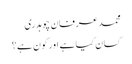
محمد عرفان چوہدری
کسان کیا ہے اور کون ہے؟